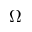
\Omega